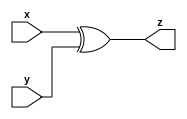
module gac_xor_gate (x, y, z);
  input x;
  input y;
  output z;
  
  assign z = (x^y) ;
  
  
endmodule